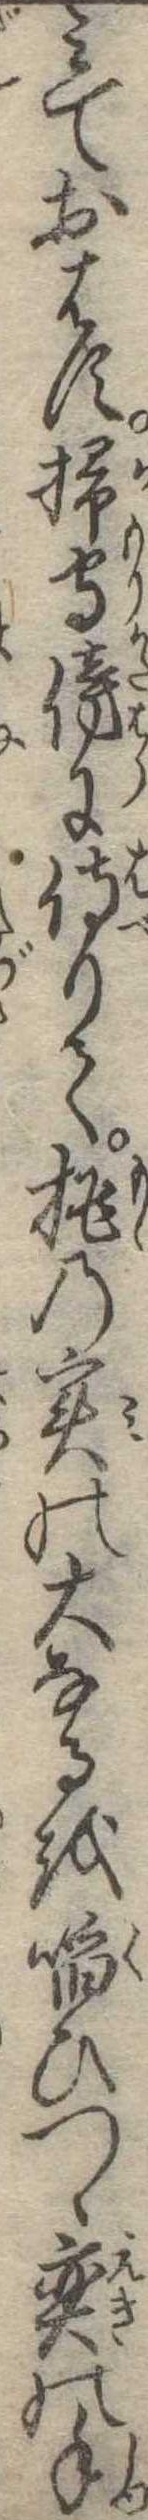
みておはす掃守傍に侍りて桃の実の大なるを啗ひつゝ奕の手